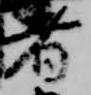
者